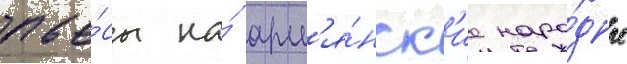
пье́сы на́ арм'я́нск'ие наро́дные